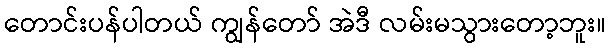
တောင်းပန်ပါတယ် ကျွန်တော် အဲဒီ လမ်းမသွားတော့ဘူး။